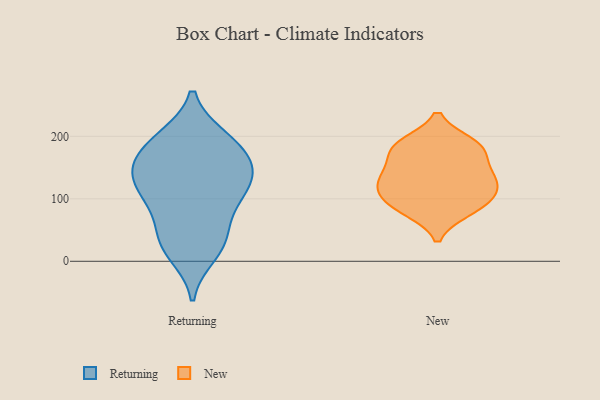
{"axis": {"x": "Tickets Resolved", "y": "Value"}, "legend": ["New", "Returning"], "data": [{"x": "", "y": 120, "type": "Returning"}, {"x": "", "y": 171, "type": "Returning"}, {"x": "", "y": 12, "type": "Returning"}, {"x": "", "y": 146, "type": "Returning"}, {"x": "", "y": 189, "type": "Returning"}, {"x": "", "y": 30, "type": "Returning"}, {"x": "", "y": 136, "type": "Returning"}, {"x": "", "y": 196, "type": "Returning"}, {"x": "", "y": 197, "type": "Returning"}, {"x": "", "y": 152, "type": "Returning"}, {"x": "", "y": 90, "type": "Returning"}, {"x": "", "y": 145, "type": "Returning"}, {"x": "", "y": 96, "type": "Returning"}, {"x": "", "y": 46, "type": "Returning"}, {"x": "", "y": 109, "type": "Returning"}, {"x": "", "y": 30, "type": "Returning"}, {"x": "", "y": 98, "type": "New"}, {"x": "", "y": 146, "type": "New"}, {"x": "", "y": 135, "type": "New"}, {"x": "", "y": 82, "type": "New"}, {"x": "", "y": 178, "type": "New"}, {"x": "", "y": 103, "type": "New"}, {"x": "", "y": 188, "type": "New"}, {"x": "", "y": 182, "type": "New"}, {"x": "", "y": 81, "type": "New"}, {"x": "", "y": 140, "type": "New"}, {"x": "", "y": 120, "type": "New"}, {"x": "", "y": 119, "type": "New"}, {"x": "", "y": 185, "type": "New"}]}